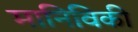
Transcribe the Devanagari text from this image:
मानिविकी